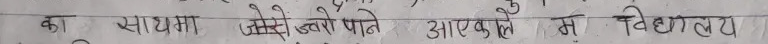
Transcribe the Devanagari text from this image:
का साथमा, जैसे उनको पाने, अराकले में विद्यालय